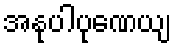
အနုပါပုဏေယျ